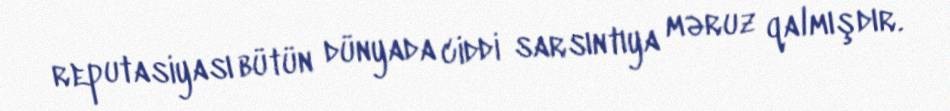
reputasiyası bütün dünyada ciddi sarsıntıya məruz qalmışdır.